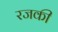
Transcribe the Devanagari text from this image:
रजकी